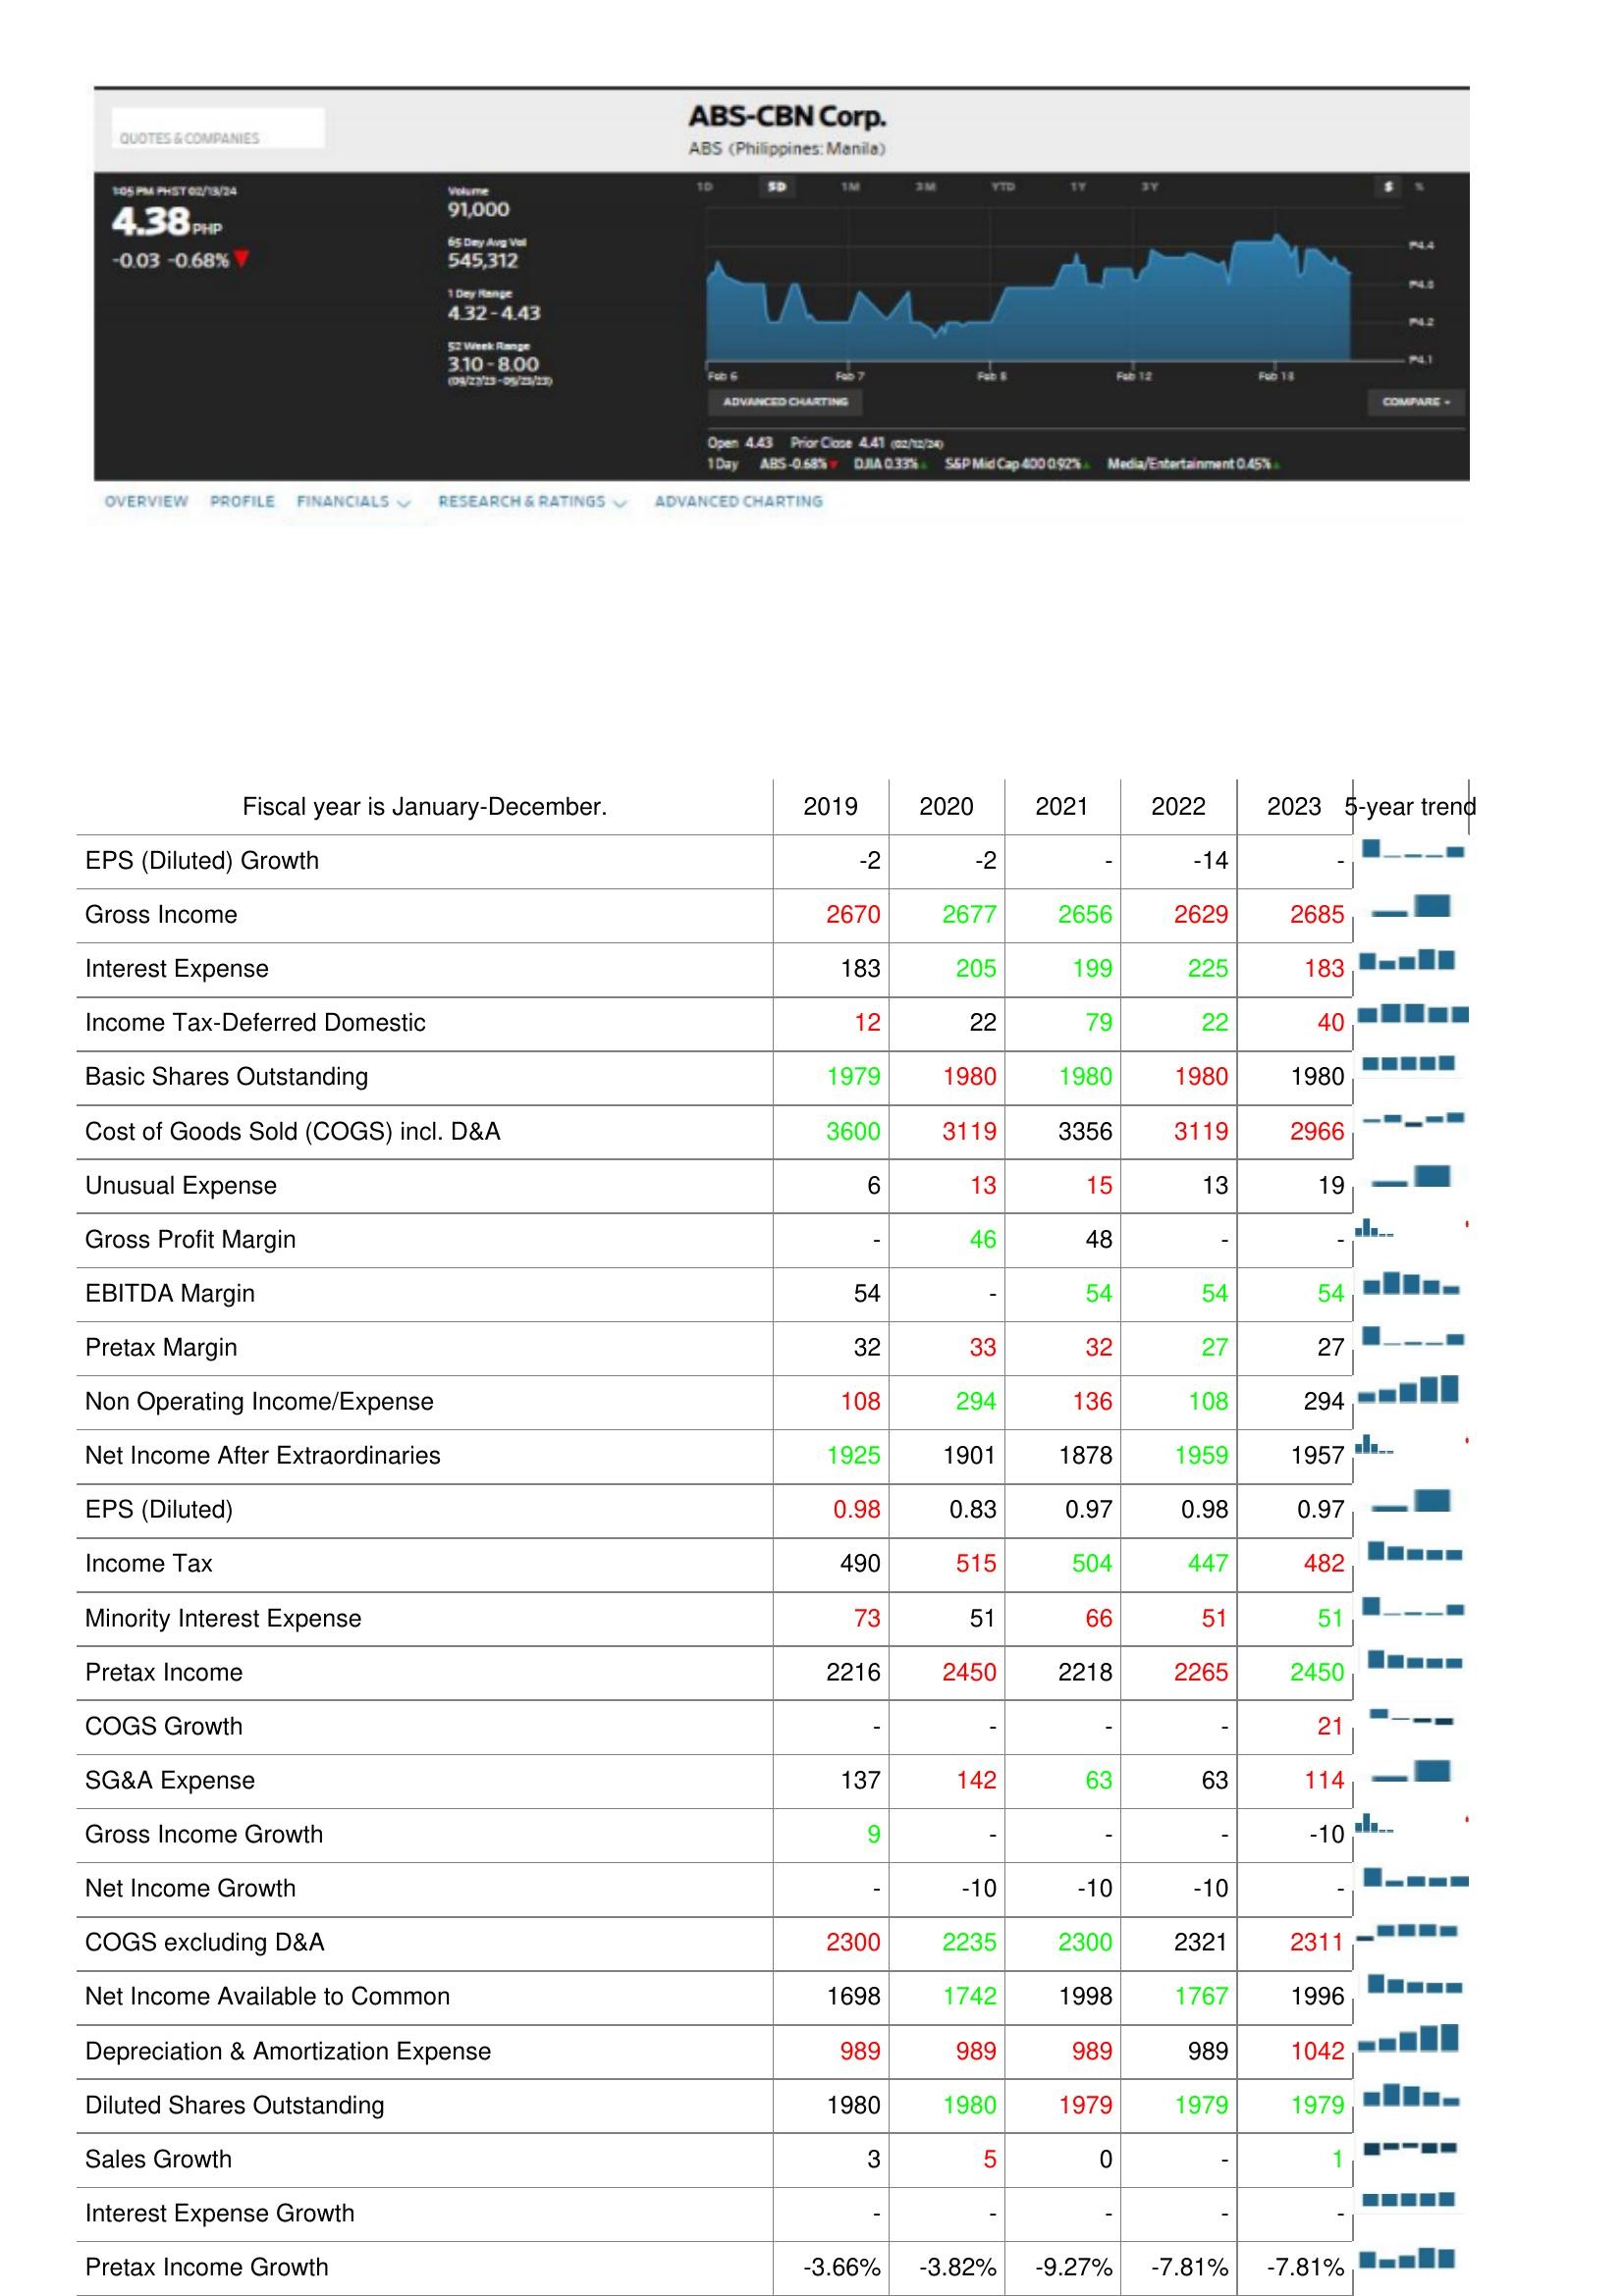
2019: : EPS (Diluted) Growth: -2
Gross Income: 2670
Interest Expense: 183
Income Tax-Deferred Domestic: 12
Basic Shares Outstanding: 1979
Cost of Goods Sold (COGS) incl. D&A: 3600
Unusual Expense: 6
Gross Profit Margin: -
EBITDA Margin: 54
Pretax Margin: 32
Non Operating Income/Expense: 108
Net Income After Extraordinaries: 1925
EPS (Diluted): 0.98
Income Tax: 490
Minority Interest Expense: 73
Pretax Income: 2216
COGS Growth: -
SG&A Expense: 137
Gross Income Growth: 9
Net Income Growth: -
COGS excluding D&A: 2300
Net Income Available to Common: 1698
Depreciation & Amortization Expense: 989
Diluted Shares Outstanding: 1980
Sales Growth: 3
Interest Expense Growth: -
Pretax Income Growth: -3.66%
2020: : EPS (Diluted) Growth: -2
Gross Income: 2677
Interest Expense: 205
Income Tax-Deferred Domestic: 22
Basic Shares Outstanding: 1980
Cost of Goods Sold (COGS) incl. D&A: 3119
Unusual Expense: 13
Gross Profit Margin: 46
EBITDA Margin: -
Pretax Margin: 33
Non Operating Income/Expense: 294
Net Income After Extraordinaries: 1901
EPS (Diluted): 0.83
Income Tax: 515
Minority Interest Expense: 51
Pretax Income: 2450
COGS Growth: -
SG&A Expense: 142
Gross Income Growth: -
Net Income Growth: -10
COGS excluding D&A: 2235
Net Income Available to Common: 1742
Depreciation & Amortization Expense: 989
Diluted Shares Outstanding: 1980
Sales Growth: 5
Interest Expense Growth: -
Pretax Income Growth: -3.82%
2021: : EPS (Diluted) Growth: -
Gross Income: 2656
Interest Expense: 199
Income Tax-Deferred Domestic: 79
Basic Shares Outstanding: 1980
Cost of Goods Sold (COGS) incl. D&A: 3356
Unusual Expense: 15
Gross Profit Margin: 48
EBITDA Margin: 54
Pretax Margin: 32
Non Operating Income/Expense: 136
Net Income After Extraordinaries: 1878
EPS (Diluted): 0.97
Income Tax: 504
Minority Interest Expense: 66
Pretax Income: 2218
COGS Growth: -
SG&A Expense: 63
Gross Income Growth: -
Net Income Growth: -10
COGS excluding D&A: 2300
Net Income Available to Common: 1998
Depreciation & Amortization Expense: 989
Diluted Shares Outstanding: 1979
Sales Growth: 0
Interest Expense Growth: -
Pretax Income Growth: -9.27%
2022: : EPS (Diluted) Growth: -14
Gross Income: 2629
Interest Expense: 225
Income Tax-Deferred Domestic: 22
Basic Shares Outstanding: 1980
Cost of Goods Sold (COGS) incl. D&A: 3119
Unusual Expense: 13
Gross Profit Margin: -
EBITDA Margin: 54
Pretax Margin: 27
Non Operating Income/Expense: 108
Net Income After Extraordinaries: 1959
EPS (Diluted): 0.98
Income Tax: 447
Minority Interest Expense: 51
Pretax Income: 2265
COGS Growth: -
SG&A Expense: 63
Gross Income Growth: -
Net Income Growth: -10
COGS excluding D&A: 2321
Net Income Available to Common: 1767
Depreciation & Amortization Expense: 989
Diluted Shares Outstanding: 1979
Sales Growth: -
Interest Expense Growth: -
Pretax Income Growth: -7.81%
2023: : EPS (Diluted) Growth: -
Gross Income: 2685
Interest Expense: 183
Income Tax-Deferred Domestic: 40
Basic Shares Outstanding: 1980
Cost of Goods Sold (COGS) incl. D&A: 2966
Unusual Expense: 19
Gross Profit Margin: -
EBITDA Margin: 54
Pretax Margin: 27
Non Operating Income/Expense: 294
Net Income After Extraordinaries: 1957
EPS (Diluted): 0.97
Income Tax: 482
Minority Interest Expense: 51
Pretax Income: 2450
COGS Growth: 21
SG&A Expense: 114
Gross Income Growth: -10
Net Income Growth: -
COGS excluding D&A: 2311
Net Income Available to Common: 1996
Depreciation & Amortization Expense: 1042
Diluted Shares Outstanding: 1979
Sales Growth: 1
Interest Expense Growth: -
Pretax Income Growth: -7.81%